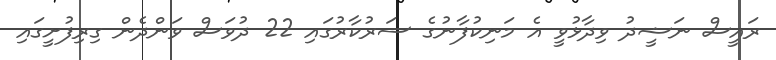
ރައީސް ނަޝީދު ވިދާޅުވީ އެ މަނިކުފާނުގެ ސަރުކާރުގައި 22 ދުވަސް ވަންދެން ގިރިފުށީގައި